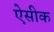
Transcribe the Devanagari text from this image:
ऐसीक